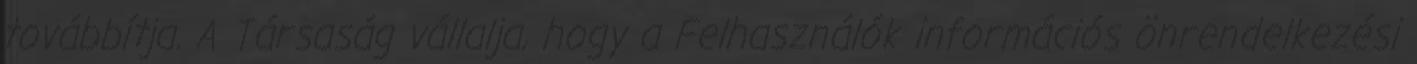
továbbítja. A Társaság vállalja, hogy a Felhasználók információs önrendelkezési